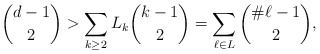
\begin{align*} \binom{d-1}{2} > \sum_{k \ge 2} L_k \binom{k-1}{2} = \sum_{\ell \in L} \binom{\# \ell -1}{2}, \end{align*}